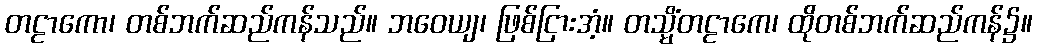
တဠာကော၊ တစ်ဘက်ဆည်ကန်သည်။ ဘဝေယျ၊ ဖြစ်ငြားအံ့။ တသ္မိံတဠာကေ၊ ထိုတစ်ဘက်ဆည်ကန်၌။